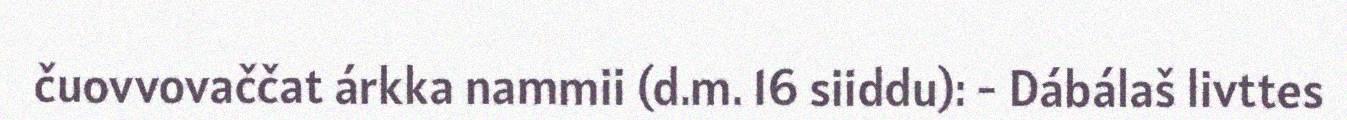
čuovvovaččat árkka nammii (d.m. 16 siiddu): - Dábálaš livttes